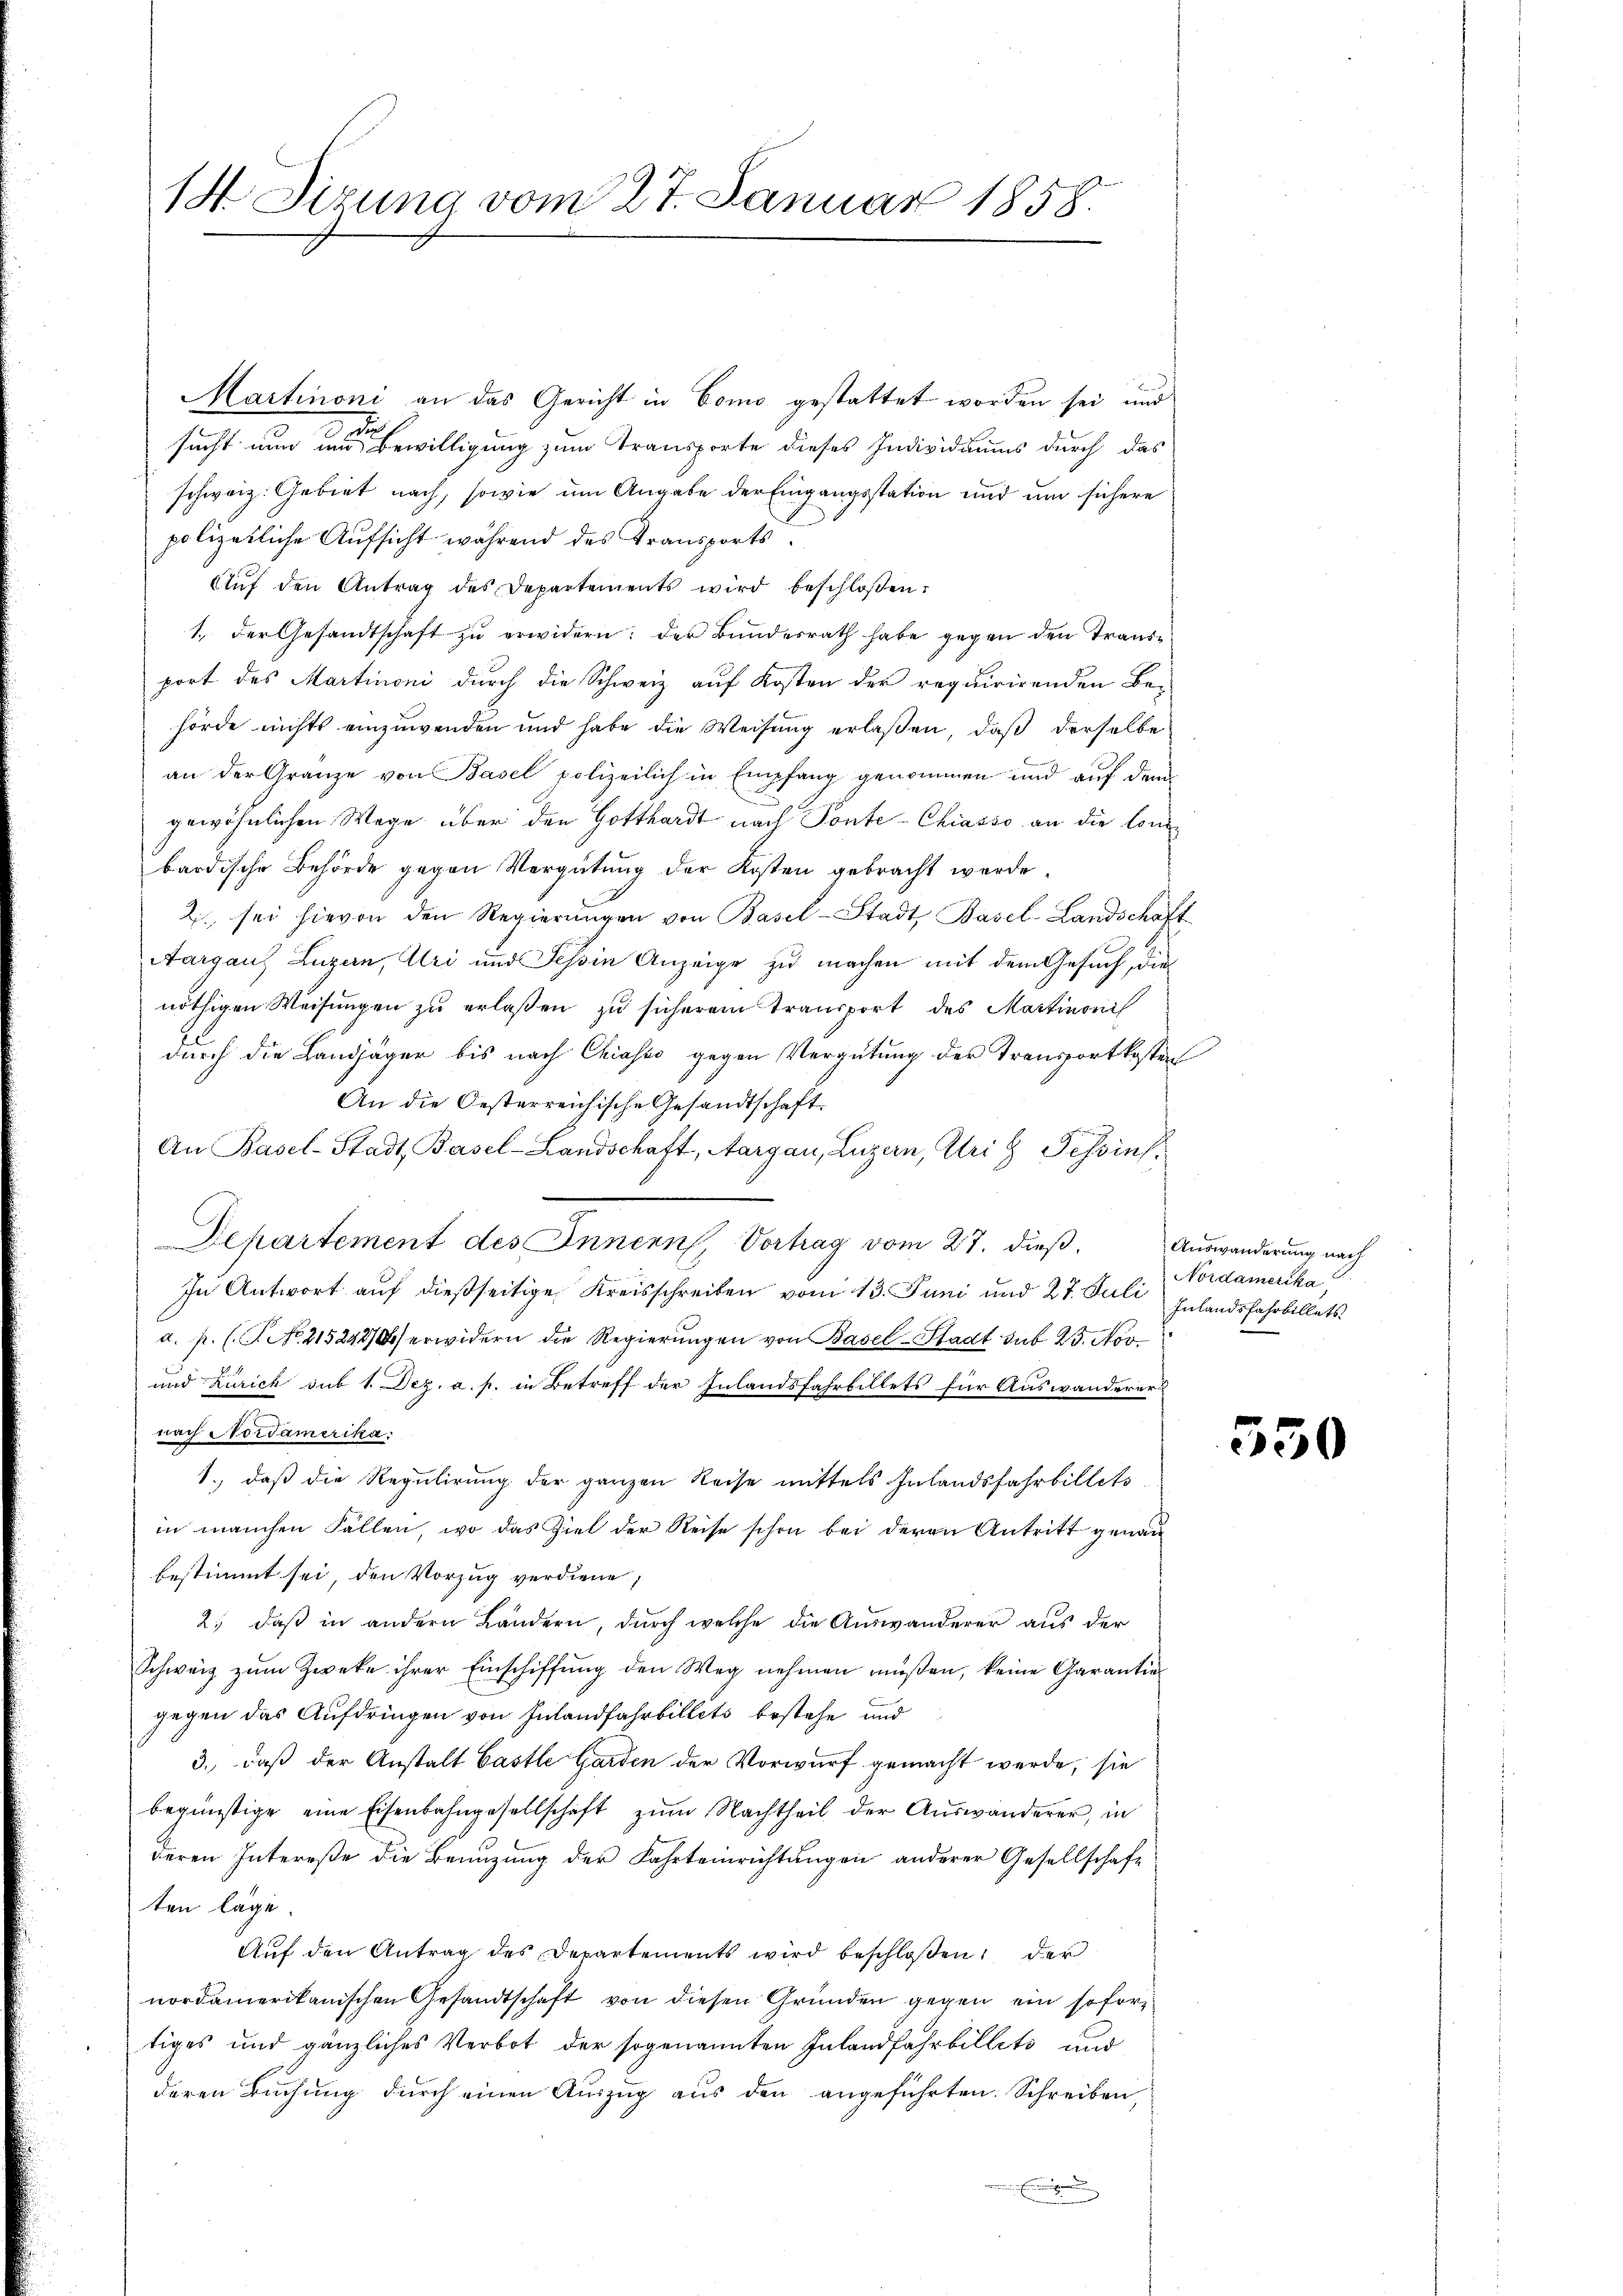
14 Sizung vom 27. Januar 1858.

Martinoni an das Gericht in Como gestattet worden sei und
a
sucht nun um Bewilligung zum Transporte dieses Individuums durch das
schweiz. Gebiet nach, sowie um Angabe der Eingangsstation und um sichere
polizeiliche Aufsicht während des Transports
Auf den Antrag des Departements wird beschloßen:
1., der Gesandtschaft zu erwidern: der Bundesrath habe gegen den Transport des Martinoni durch die Schweiz auf Kosten der requirirenden Be-
hörde nichts einzuwenden und habe die Weisung erlaßen, daß derselbe
an der Granze von Basel polizeilich in Empfang genommen und aŭf dem
gewöhnlichen Wege über den Gotthardt nach Ponte-Chiasso an die lon
bardische Behörde gegen Vergütung der Kosten gebracht werde
2 sei hievon den Regierŭngen von Basel-Stadt Basel-Landschaft
Aargaus Luzern, Uri und Tessin Anzeige zu machen mit dem Gesuch, die
nöthigen Weisungen zu erlaßen zu sicherem Transport des Martinonis
durch die Landjäger bis nach Chiasso gegen Vergütung der Transportkosten
An die Oesterreichische Gesandtschaft.
An Basel-Stadt Basel-Landschaft, Aargau, Luzern, Uri g Tessin.
Departement des Innern, Vortrag vom 27. dieß¬
In Antwort auf dießseitige Kreisschreiben vom 13. Juni und 27. Juli
a. p. (T. No. 215248/0 erwidern die Regierungen von Basel-Stadt sub 25. Nov.
und Zürich sub 1. Dez. a. p. in Betreff der Inlandsfahrbillets für Auswanderer
nach Nordamerika:
1., daß die Regulirung der ganzen Reise mittels Inlandsfahrbillets
in manchen Fällen, wo das Ziel der Reise schon bei deren Antritt genau
bestimmt sei, den Vorzug verdiene,
2.) daß in andern Ländern, durch welche die Auswanderer aus der
Schweiz zum Zweke ihrer Einschiffung den Weg nehmen müßen, keine Garantiegegen das Aufdringen von Inlandfahrbillets bestehe und
3. daß der Anstalt Gastle Garden der Vorwurf gemacht werde, sie
begünstige eine Eisenbahngesellschaft zum Nachtheil der Auswanderer, in
deren Intereße die Benuzung der Fahrteinrichtungen anderer Gesellschaft
ten läge.
Auf den Antrag des Departements wird beschloßen, der
nordamerikanischen Gesandtschaft von diesen Gründen gegen ein sofor
tiges und gänzliches Verbot der sogenannten Inlandfahrbillets und
deren Buchung durch einen Auszug aus den angeführten Schreiben,

Auswanderung nach
Nordamerika,
Inlandsfahrbillets.

550